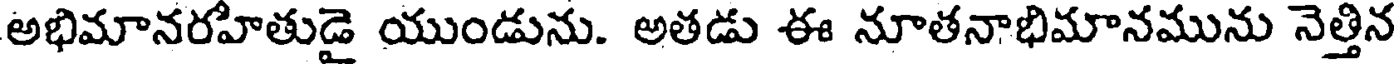
అభిమానరహితుడై యుండును. అతడు ఈ నూతనాభిమానమును నెత్తిన